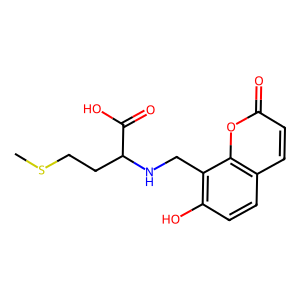
SMILES: CSCCC(NCc1c(O)ccc2ccc(=O)oc12)C(=O)O
Inhibits HIV replication: No